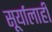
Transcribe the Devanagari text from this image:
सूर्यालाही